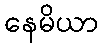
နေမိယာ